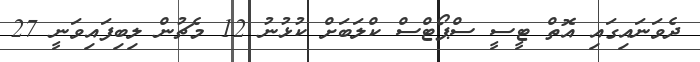
ދެވަނައިގައި އޮތް ޓީސީ ސްޕޯޓްސް ކްލަބަށް ކުޅުނު 12 މެޗުން ލިބިފައިވަނީ 27